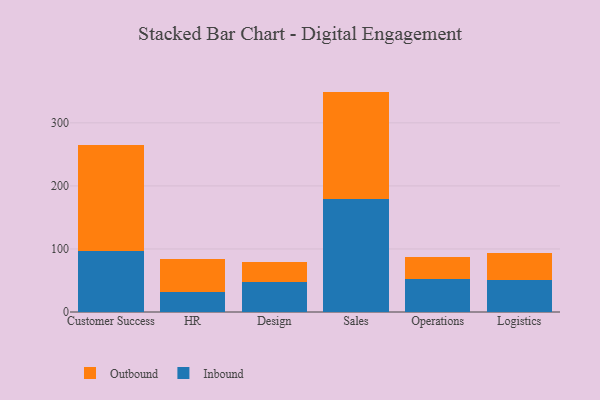
{"axis": {"x": "Department", "y": "Customer Acquisition Cost (USD)"}, "legend": ["Inbound", "Outbound"], "data": [{"x": "Customer Success", "y": 96.7, "type": "Inbound"}, {"x": "Customer Success", "y": 168.0, "type": "Outbound"}, {"x": "HR", "y": 31.2, "type": "Inbound"}, {"x": "HR", "y": 52.2, "type": "Outbound"}, {"x": "Design", "y": 48.0, "type": "Inbound"}, {"x": "Design", "y": 30.6, "type": "Outbound"}, {"x": "Sales", "y": 178.7, "type": "Inbound"}, {"x": "Sales", "y": 170.9, "type": "Outbound"}, {"x": "Operations", "y": 51.6, "type": "Inbound"}, {"x": "Operations", "y": 35.8, "type": "Outbound"}, {"x": "Logistics", "y": 51.0, "type": "Inbound"}, {"x": "Logistics", "y": 42.6, "type": "Outbound"}]}